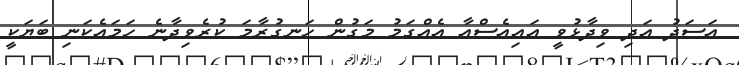
އަސަދު އަދި ވިދާޅުވީ އައިއެސްއާ އެއްގަމު މަގުން ހަނގުރާމަ ކުރެވިދާނެ ހަމައެކަނި ބަޔަކީ